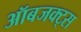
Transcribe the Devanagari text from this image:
ऑबजक्ट्स